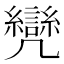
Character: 𠙳